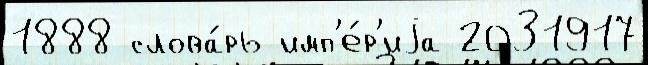
1888 слова́рь имп'е́р'иjа 2031917